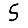
Digit: 5